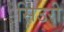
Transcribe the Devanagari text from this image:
सिउरी